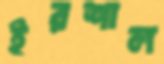
ইরশাল